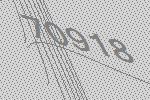
70918